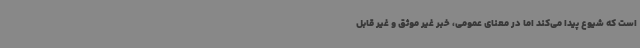
است که شیوع پیدا می‌کند اما در معنای عمومی، خبر غیر موثق و غیر قابل